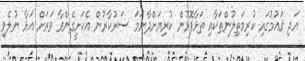
އަދި ޤައުމުގައި ކުރިމަތިލުންތަކާއި ތަޅާފޮޅުން ކުރިޔަށްދާނަމަ ސަރުކާރުން އެކަށީގެންވާ ވަރަށް އަޅާ ނުލެވި